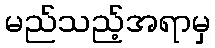
မည်သည့်အရာမှ